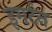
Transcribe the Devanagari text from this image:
इगर्टन